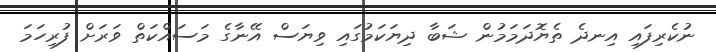
ނުކެރިފައި އިނދެ ތެޔޮދަމަމުން ޝަބާ ދިޔަކަމުގައި ވިޔަސް އޭނާގެ މަސައްކަތް ވަރަށް ފުރިހަމަ